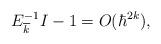
LaTeX: \begin{align*}E_{\overline{k}}^{-1}I-1 = O(\hbar^{2k}),\end{align*}